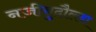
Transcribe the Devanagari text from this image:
नजीबुदौल्ला